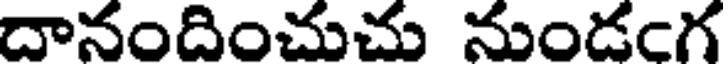
దానందించుచు నుండంగ